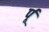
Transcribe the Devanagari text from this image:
र्पू